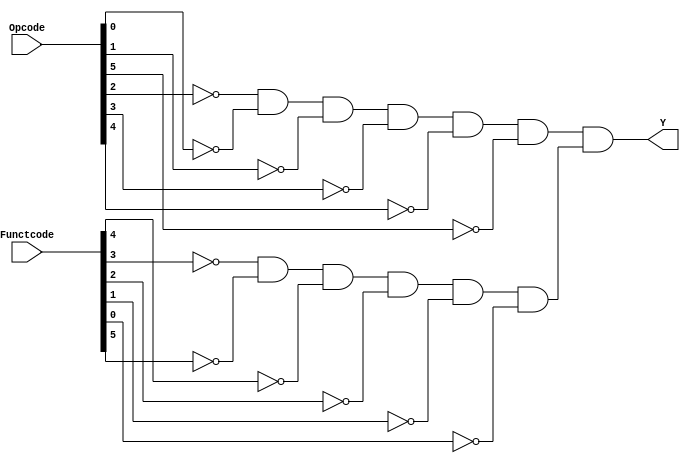
// This program was cloned from: https://github.com/FIUSCIS-CDA/Instructions
// License: MIT License

// Copyright (C) 2020  Intel Corporation. All rights reserved.
// Your use of Intel Corporation's design tools, logic functions 
// and other software and tools, and any partner logic 
// functions, and any output files from any of the foregoing 
// (including device programming or simulation files), and any 
// associated documentation or information are expressly subject 
// to the terms and conditions of the Intel Program License 
// Subscription Agreement, the Intel Quartus Prime License Agreement,
// the Intel FPGA IP License Agreement, or other applicable license
// agreement, including, without limitation, that your use is for
// the sole purpose of programming logic devices manufactured by
// Intel and sold by Intel or its authorized distributors.  Please
// refer to the applicable agreement for further details, at
// https://fpgasoftware.intel.com/eula.

// PROGRAM		"Quartus Prime"
// VERSION		"Version 20.1.1 Build 720 11/11/2020 SJ Lite Edition"
// CREATED		"Tue Dec 20 13:29:50 2022"

module SLL(
	Functcode,
	Opcode,
	Y
);


input wire	[5:0] Functcode;
input wire	[5:0] Opcode;
output wire	Y;

wire	SYNTHESIZED_WIRE_0;
wire	SYNTHESIZED_WIRE_1;
wire	SYNTHESIZED_WIRE_2;
wire	SYNTHESIZED_WIRE_3;
wire	SYNTHESIZED_WIRE_4;
wire	SYNTHESIZED_WIRE_5;
wire	SYNTHESIZED_WIRE_6;
wire	SYNTHESIZED_WIRE_7;
wire	SYNTHESIZED_WIRE_8;
wire	SYNTHESIZED_WIRE_9;
wire	SYNTHESIZED_WIRE_10;
wire	SYNTHESIZED_WIRE_11;
wire	SYNTHESIZED_WIRE_12;
wire	SYNTHESIZED_WIRE_13;




assign	SYNTHESIZED_WIRE_12 = SYNTHESIZED_WIRE_0 & SYNTHESIZED_WIRE_1 & SYNTHESIZED_WIRE_2 & SYNTHESIZED_WIRE_3 & SYNTHESIZED_WIRE_4 & SYNTHESIZED_WIRE_5;

assign	SYNTHESIZED_WIRE_13 = SYNTHESIZED_WIRE_6 & SYNTHESIZED_WIRE_7 & SYNTHESIZED_WIRE_8 & SYNTHESIZED_WIRE_9 & SYNTHESIZED_WIRE_10 & SYNTHESIZED_WIRE_11;

assign	SYNTHESIZED_WIRE_8 =  ~Functcode[4];

assign	SYNTHESIZED_WIRE_6 =  ~Functcode[3];

assign	SYNTHESIZED_WIRE_9 =  ~Functcode[2];

assign	SYNTHESIZED_WIRE_10 =  ~Functcode[1];

assign	SYNTHESIZED_WIRE_11 =  ~Functcode[0];

assign	Y = SYNTHESIZED_WIRE_12 & SYNTHESIZED_WIRE_13;

assign	SYNTHESIZED_WIRE_1 =  ~Opcode[0];

assign	SYNTHESIZED_WIRE_2 =  ~Opcode[1];

assign	SYNTHESIZED_WIRE_5 =  ~Opcode[5];

assign	SYNTHESIZED_WIRE_0 =  ~Opcode[2];

assign	SYNTHESIZED_WIRE_3 =  ~Opcode[3];

assign	SYNTHESIZED_WIRE_4 =  ~Opcode[4];

assign	SYNTHESIZED_WIRE_7 =  ~Functcode[5];


endmodule